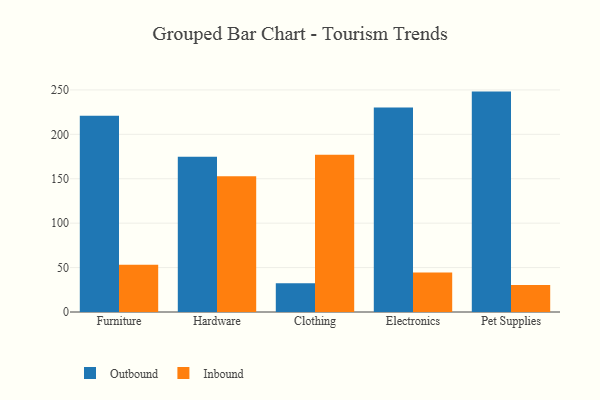
{"axis": {"x": "Category", "y": "Waste Production (Tons)"}, "legend": ["Inbound", "Outbound"], "data": [{"x": "Furniture", "y": 220.9, "type": "Outbound"}, {"x": "Furniture", "y": 53.3, "type": "Inbound"}, {"x": "Hardware", "y": 174.9, "type": "Outbound"}, {"x": "Hardware", "y": 152.9, "type": "Inbound"}, {"x": "Clothing", "y": 32.3, "type": "Outbound"}, {"x": "Clothing", "y": 177.1, "type": "Inbound"}, {"x": "Electronics", "y": 230.3, "type": "Outbound"}, {"x": "Electronics", "y": 44.6, "type": "Inbound"}, {"x": "Pet Supplies", "y": 248.1, "type": "Outbound"}, {"x": "Pet Supplies", "y": 30.5, "type": "Inbound"}]}